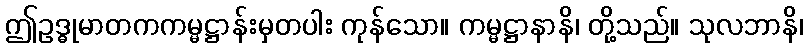
ဤဥဒ္ဓုမာတကကမ္မဋ္ဌာန်းမှတပါး ကုန်သော။ ကမ္မဋ္ဌာနာနိ၊ တို့သည်။ သုလဘာနိ၊